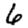
Digit: 6